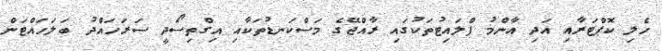
ހެލި ކޮޕްޓަރާއި އަދި އާންމު ފްލައިޓުތަކުގައި ރާއްޖޭގެ މަސްކަނޑުތަކާއި އިގްތިސޯދީ ސަރަހައްދު ބަލަހައްޓަން